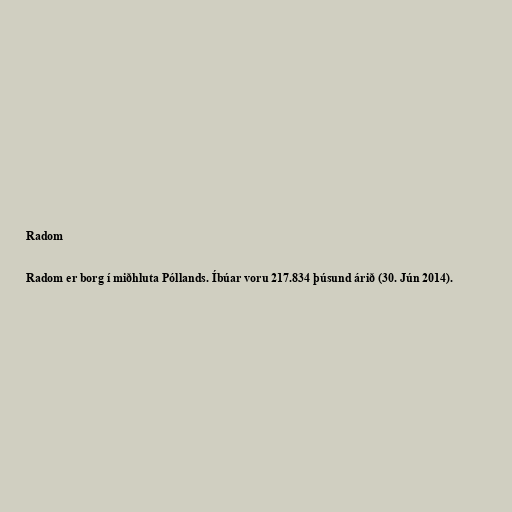
Radom

Radom er borg í miðhluta Póllands. Íbúar voru 217.834 þúsund árið (30. Jún 2014).